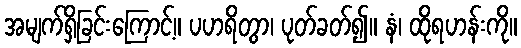
အမျက်ရှိခြင်းကြောင့်။ ပဟရိတွာ၊ ပုတ်ခတ်၍။ နံ၊ ထိုရဟန်းကို။